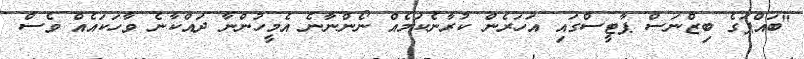
"ބައްޕަގެ ބިޒްނަސް ޕާޓީސްގައި އަހަރެން ކުރާނެކަމެއް ނޯންނާނެ އެމީހުންނާ ދައްކާނެ ވާހަކައެއް ވެސް